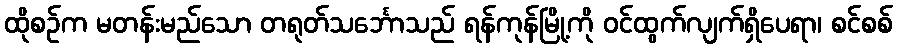
ထိုစဉ်က မတန်းမည်သော တရုတ်သင်္ဘောသည် ရန်ကုန်မြို့ကို ဝင်ထွက်လျက်ရှိပေရာ၊ စင်စစ်